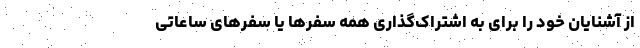
از آشنایان خود را برای به اشتراک‌گذاری همه سفرها یا سفرهای ساعاتی